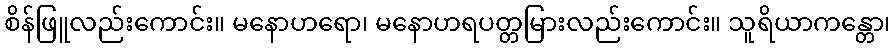
စိန်ဖြူလည်းကောင်း။ မနောဟရော၊ မနောဟရပတ္တမြားလည်းကောင်း။ သူရိယာကန္တော၊